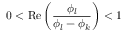
0 < \mathrm { R e } \left( \frac { \phi _ { l } } { \phi _ { l } - \phi _ { k } } \right) < 1